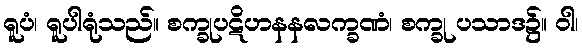
ရူပံ၊ ရူပါရုံသည်။ စက္ခုပဋိဟနနလက္ခဏံ၊ စက္ခု ပသာဒ၌။ ဝါ၊